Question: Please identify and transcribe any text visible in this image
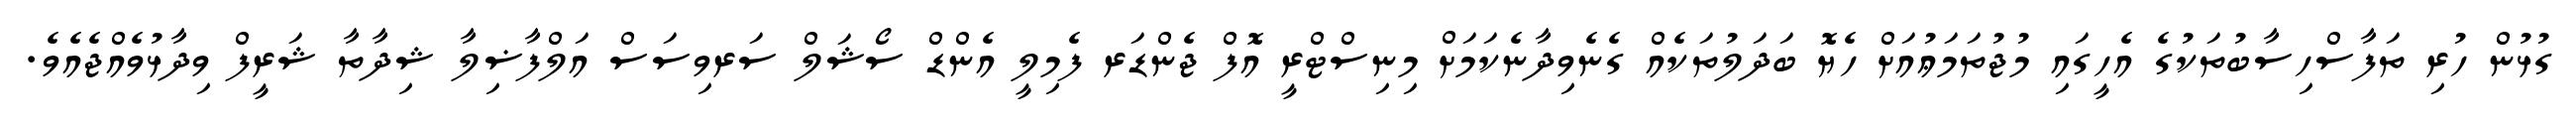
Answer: ގުޅުން ހުރި ތަފާސްހިސާބުތަކުގެ އެހީގައި މުޖުތަމަޢުއަށް ހެޔޮ ބަދަލުތަކެއް ގެނެވިދާނެކަމަށް މިނިސްޓްރީ އޮފް ޖެންޑަރ ފެމިލީ އެންޑް ސޯޝަލް ސަރވިސަސް އަލްފާޟިލާ ޝިދާތާ ޝަރީފް ވިދާޅުވެއްޖެއެވެ.